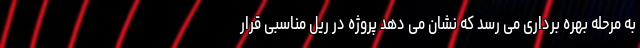
به مرحله بهره برداری می رسد که نشان می دهد پروژه در ریل مناسبی قرار